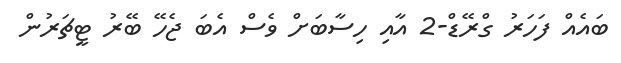
ބައެއް ފަހަރު ގްރޭޑް-2 އާއި ހިސާބަށް ވެސް އެބަ ޖެހޭ ބޭރު ޓީޗަރުން